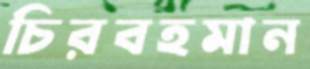
চিরবহমান